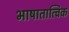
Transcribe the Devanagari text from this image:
भाषातात्विक